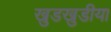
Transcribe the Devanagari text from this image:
खुडखुडीया